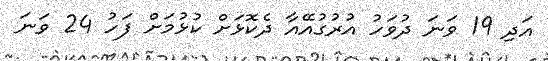
އަދި 19 ވަނަ ދުވަހު އުރުގުއޭއާ ދެކޮޅަށް ކުޅުމަށް ފަހު 24 ވަނަ